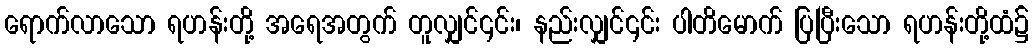
ရောက်လာသော ရဟန်းတို့ အရေအတွက် တူလျှင်၎င်း၊ နည်းလျှင်၎င်း ပါတိမောက် ပြပြီးသော ရဟန်းတို့ထံ၌